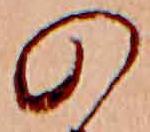
の